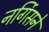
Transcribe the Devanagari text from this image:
नर्गिसने